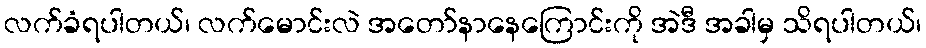
လက်ခံရပါတယ်၊ လက်မောင်းလဲ အတော်နာနေကြောင်းကို အဲဒီ အခါမှ သိရပါတယ်၊